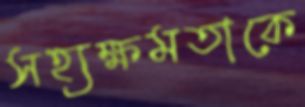
সহ্যক্ষমতাকে